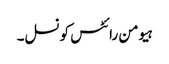
ہیومن رائٹس کونسل۔